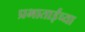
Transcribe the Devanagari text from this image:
प्रभाताईंच्या